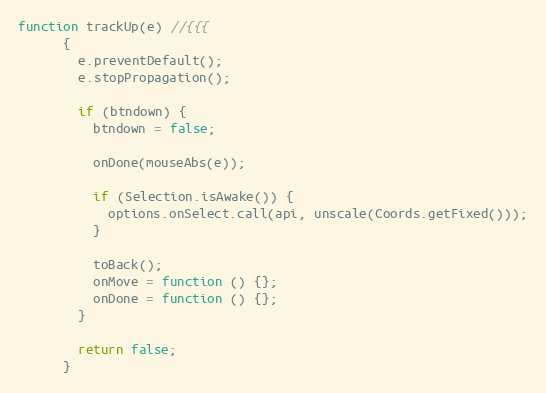
Language: JavaScript
function trackUp(e) //{{{
      {
        e.preventDefault();
        e.stopPropagation();

        if (btndown) {
          btndown = false;

          onDone(mouseAbs(e));

          if (Selection.isAwake()) {
            options.onSelect.call(api, unscale(Coords.getFixed()));
          }

          toBack();
          onMove = function () {};
          onDone = function () {};
        }

        return false;
      }